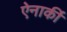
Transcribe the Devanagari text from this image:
ऐनार्की